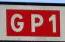
gp1